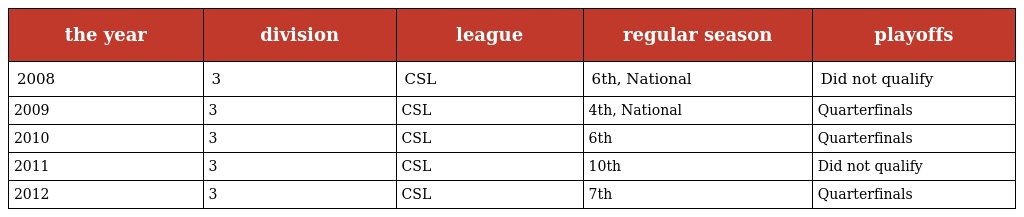
| the year | division | league | regular season | playoffs |
 | --- | --- | --- | --- | --- |
 | 2008 | 3 | CSL | 6th, National | Did not qualify |
 | 2009 | 3 | CSL | 4th, National | Quarterfinals |
 | 2010 | 3 | CSL | 6th | Quarterfinals |
 | 2011 | 3 | CSL | 10th | Did not qualify |
 | 2012 | 3 | CSL | 7th | Quarterfinals |